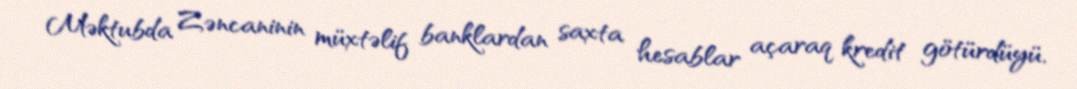
Məktubda Zəncaninin müxtəlif banklardan saxta hesablar açaraq kredit götürdüyü,